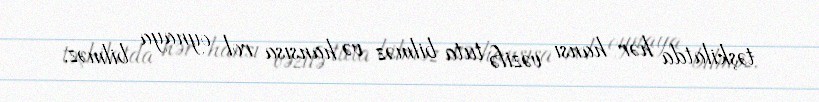
təşkilatda hər hansı vəzifə tuta bilməz və hansısa rol oynaya bilməz.